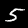
Digit: 5